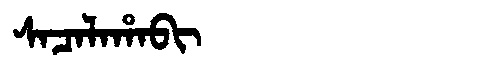
Manchu: ᠰᠠᠴᠠᠯᠠᡥᠠᠪᡳ
Romanization: SACALAHABI